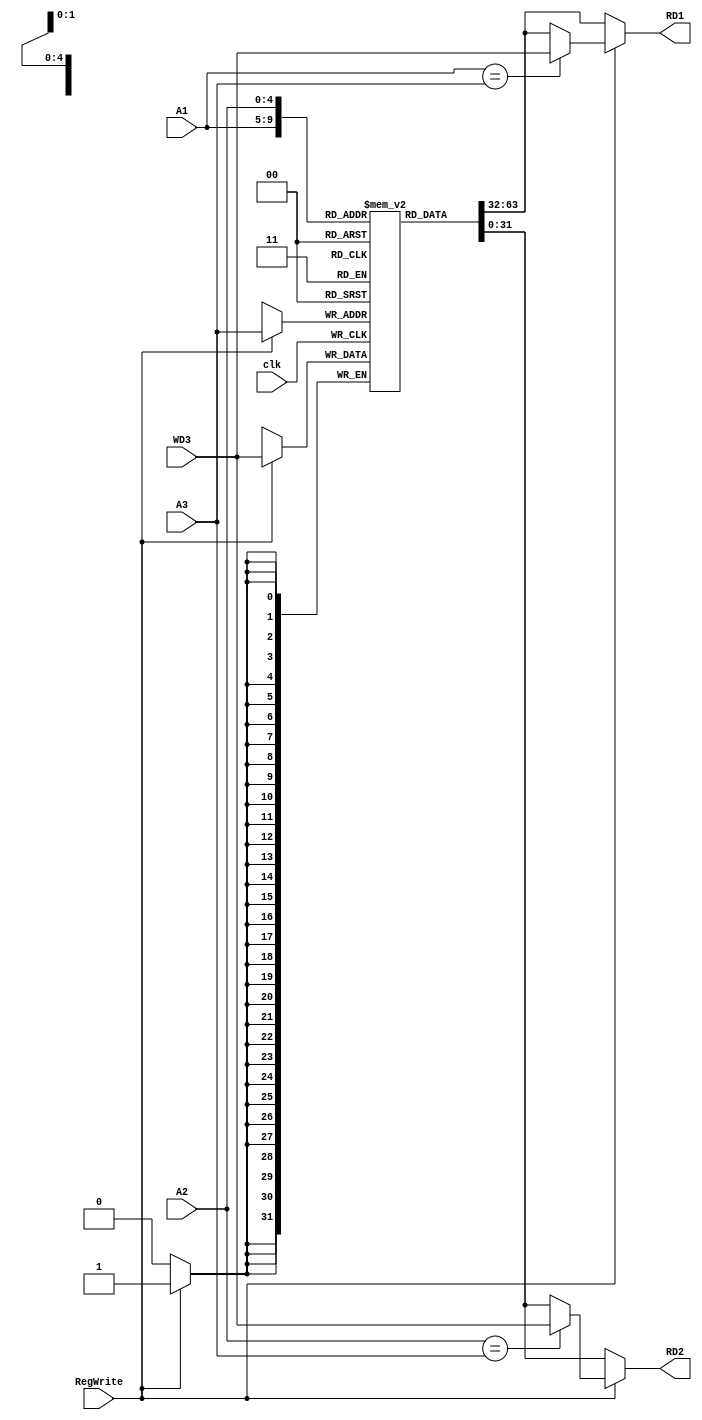
`timescale 1ns / 1ps
//////////////////////////////////////////////////////////////////////////////////
// Company: 
// Engineer: 
// 
// Design Name: 
// Module Name:    Register_File 
// Project Name: 
// Target Devices: 
// Tool versions: 
// Description: 
//
// Dependencies: 
//
// Revision: 
// Revision 0.01 - File Created
// Additional Comments: 
//
//////////////////////////////////////////////////////////////////////////////////
module Register_File(
	input clk,
	input [4:0]A1,
	input [4:0]A2,
	input [4:0]A3,
	input [31:0]WD3,
	input RegWrite,
	output [31:0]RD1,
	output [31:0]RD2
    );
	reg [31:0]reg_file[0:31];
	assign RD1=RegWrite ? (A1==A3 ? WD3 : reg_file[A1]):reg_file[A1];
	assign RD2=RegWrite ? (A2==A3 ? WD3 : reg_file[A2]):reg_file[A2];
	
	always@(posedge clk)
	if(RegWrite)
		reg_file[A3]=WD3;
		
	initial
	begin 
		reg_file[0]=0;
		reg_file[1]=20;
		reg_file[2]=2;
		reg_file[3]=3;
		reg_file[4]=4;		
		$monitor($time,"$0=%d",reg_file[0]);
	end 
endmodule